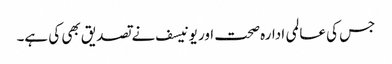
جس کی عالمی ادارہ صحت اور یونیسف نے تصدیق بھی کی ہے۔